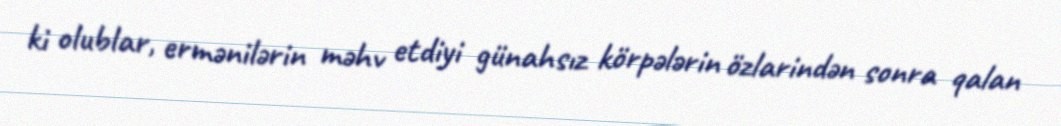
ki olublar, ermənilərin məhv etdiyi günahsız körpələrin özlarindən sonra qalan